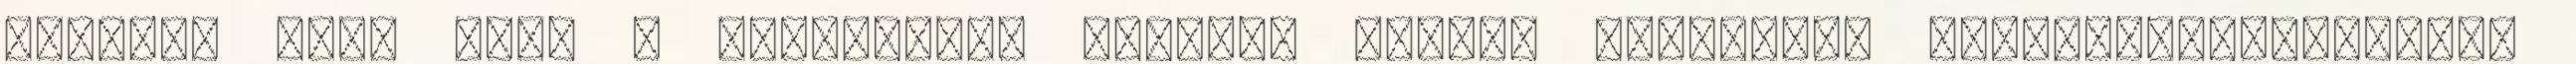
SPECIAL CARE III. – feszesítő, lifting hatású high-tech hatóanyagbombánkat,